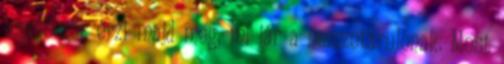
legelőször érzi majd meg, mi jár a nemzetárulónak. Most